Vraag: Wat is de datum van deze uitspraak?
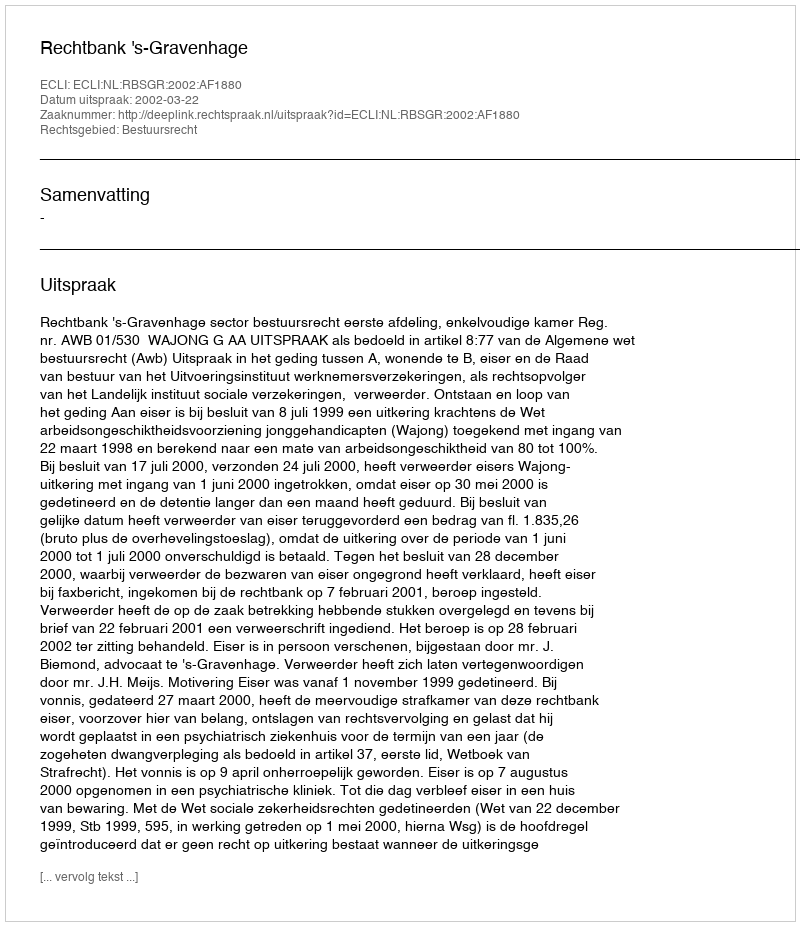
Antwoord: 2002-03-22